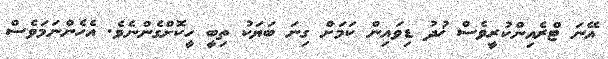
އޭނަ ޓްރެއިންކުރީވެސް ޚުދު ޑިވައިން ކަމަށް ގިނަ ބަޔަކު ތިބީ ހީކޮށްގެންނެވެ. އެހެންނަމަވެސް